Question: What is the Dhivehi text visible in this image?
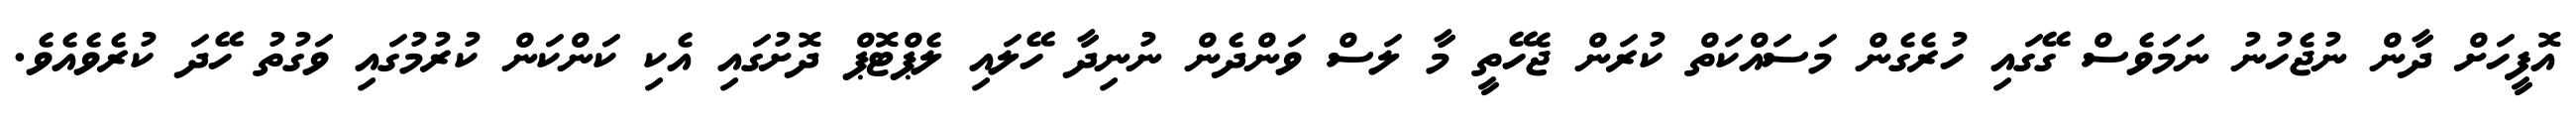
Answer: އޮފީހަށް ދާން ނުޖެހުނު ނަމަވެސް ގޭގައި ހުރެގެން މަސައްކަތް ކުރަން ޖެހޭތީ މާ ލަސް ވަންދެން ނުނިދާ ހޭލައި ލެޕްޓޮޕް ދޮށުގައި އެކި ކަންކަން ކުރުމުގައި ވަގުތު ހޭދަ ކުރެވެއެވެ.